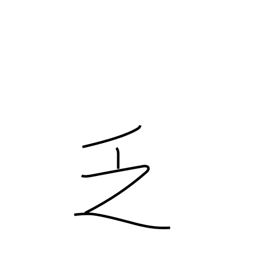
Meaning: scarce